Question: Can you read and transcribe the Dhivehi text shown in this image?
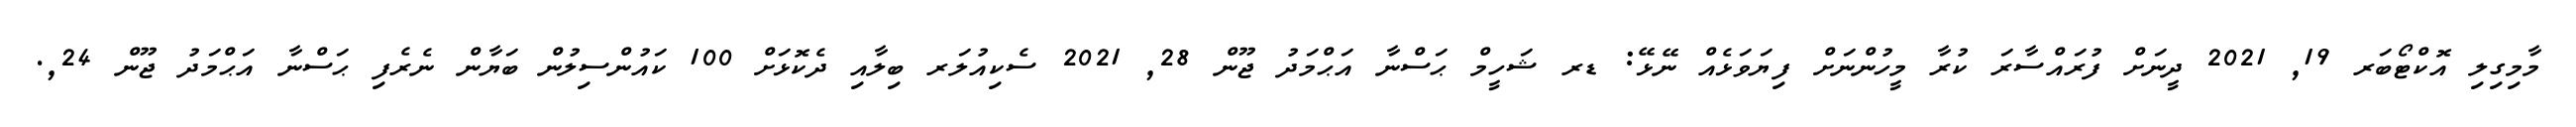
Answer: މާމިގިލި އޮކްޓޯބަރ 19, 2021 ދީނަށް ފުރައްސާރަ ކުރާ މީހުންނަށް ފިޔަވަޅެއް ނޭޅޭ: ޑރ ޝަހީމް ޙަސްނާ އަޙްމަދު ޖޫން 28, 2021 ސެކިއުލަރ ބިލާއި ދެކޮޅަށް 100 ކައުންސިލުން ބަޔާން ނެރެފި ޙަސްނާ އަޙްމަދު ޖޫން 24,.